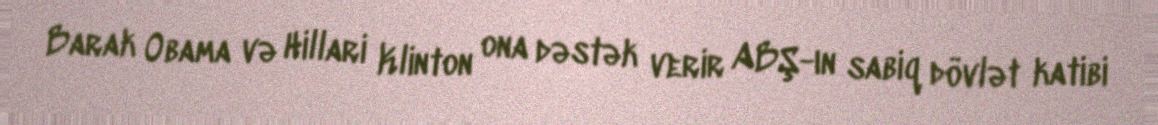
Barak Obama və Hillari Klinton ona dəstək verir ABŞ-ın sabiq dövlət katibi